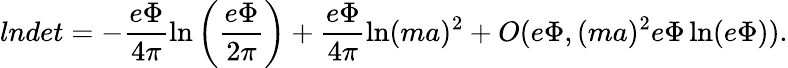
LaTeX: lndet=-\frac{e\Phi}{4\pi}\ln\left(\frac{e\Phi}{2\pi}\right)+\frac{e\Phi}{4\pi}\ln(ma)^{2}+O(e\Phi,(ma)^{2}e\Phi\ln(e\Phi)).